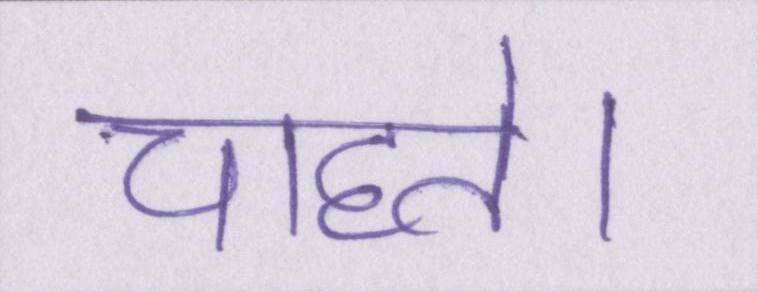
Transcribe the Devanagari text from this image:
चाहते।